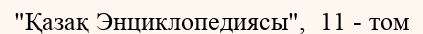
"Қазақ Энциклопедиясы",  11 - том